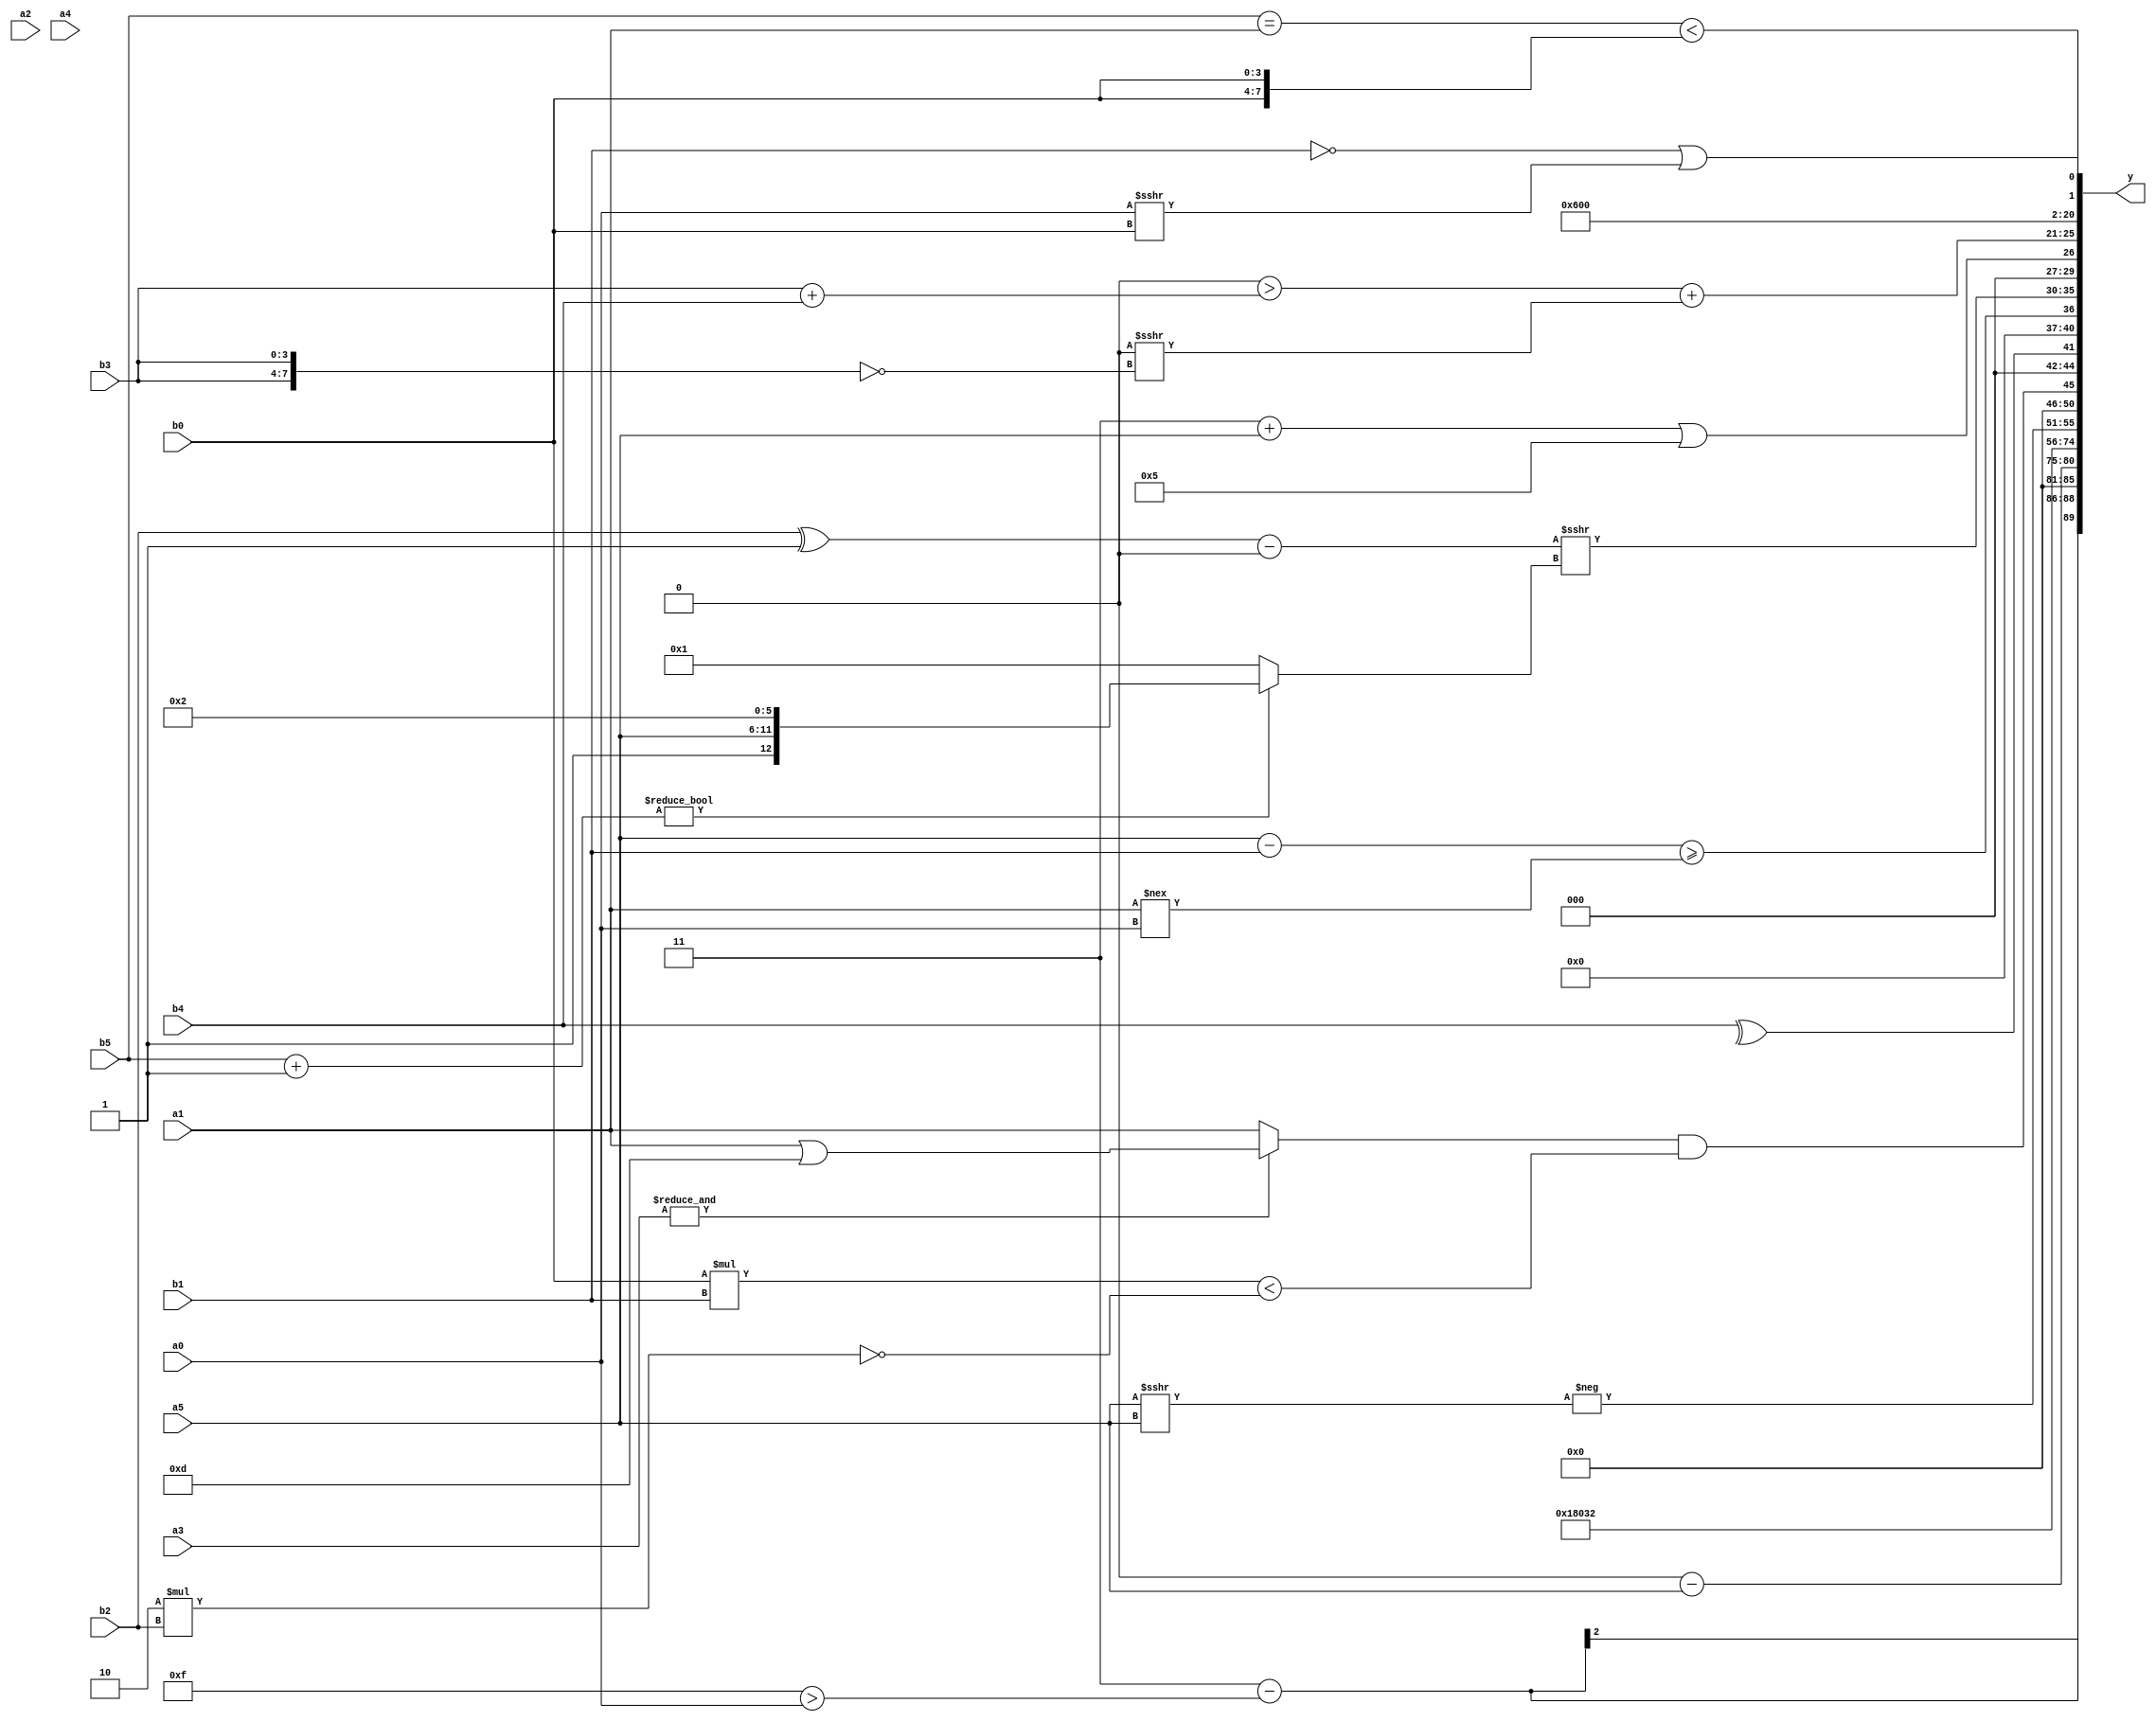
module expression_00058(a0, a1, a2, a3, a4, a5, b0, b1, b2, b3, b4, b5, y);
  input [3:0] a0;
  input [4:0] a1;
  input [5:0] a2;
  input signed [3:0] a3;
  input signed [4:0] a4;
  input signed [5:0] a5;

  input [3:0] b0;
  input [4:0] b1;
  input [5:0] b2;
  input signed [3:0] b3;
  input signed [4:0] b4;
  input signed [5:0] b5;

  wire [3:0] y0;
  wire [4:0] y1;
  wire [5:0] y2;
  wire signed [3:0] y3;
  wire signed [4:0] y4;
  wire signed [5:0] y5;
  wire [3:0] y6;
  wire [4:0] y7;
  wire [5:0] y8;
  wire signed [3:0] y9;
  wire signed [4:0] y10;
  wire signed [5:0] y11;
  wire [3:0] y12;
  wire [4:0] y13;
  wire [5:0] y14;
  wire signed [3:0] y15;
  wire signed [4:0] y16;
  wire signed [5:0] y17;

  output [89:0] y;
  assign y = {y0,y1,y2,y3,y4,y5,y6,y7,y8,y9,y10,y11,y12,y13,y14,y15,y16,y17};

  localparam [3:0] p0 = (4'sd6);
  localparam [4:0] p1 = {1{{2{{({3{(-5'sd5)}}||(~|{(3'd0),(3'sd0),(-2'sd0)}))}}}}};
  localparam [5:0] p2 = (((-(-4'sd4))?((3'sd3)==(3'd5)):(3'd3))^~((3'sd2)?{(-3'sd3),(2'd1)}:((-5'sd14)?(4'd8):(3'd5))));
  localparam signed [3:0] p3 = (({3{(-5'sd2)}}?((3'd6)?(-4'sd0):(-2'sd0)):((4'd10)!==(3'sd2)))?{1{{2{((3'd3)^~(3'd3))}}}}:({2{(-3'sd3)}}?((3'd1)==(-4'sd6)):((4'd9)|(4'd13))));
  localparam signed [4:0] p4 = (((-5'sd13)<<<(4'sd7))!==(&(4'd12)));
  localparam signed [5:0] p5 = ((-((3'sd3)!=(2'd3)))?{2{(-4'sd1)}}:((5'sd9)?(5'sd15):(5'sd6)));
  localparam [3:0] p6 = {(2'sd0),(-3'sd2),(3'd3)};
  localparam [4:0] p7 = {2{{4{((4'sd1)?(-4'sd0):(4'sd4))}}}};
  localparam [5:0] p8 = ((2'd2)===(-3'sd1));
  localparam signed [3:0] p9 = (((2'sd1)%(4'd9))*((-4'sd2)?(4'sd3):(5'sd0)));
  localparam signed [4:0] p10 = (4'd13);
  localparam signed [5:0] p11 = ((~(4'sd0))>>>(-(2'd1)));
  localparam [3:0] p12 = (-2'sd0);
  localparam [4:0] p13 = (2'sd1);
  localparam [5:0] p14 = (4'd2);
  localparam signed [3:0] p15 = {2{{4{{(-2'sd1),(4'sd5)}}}}};
  localparam signed [4:0] p16 = {4{{4{(-3'sd1)}}}};
  localparam signed [5:0] p17 = (((5'd16)?(5'd8):(3'd5))?(!{2{(3'sd3)}}):{1{((5'sd13)&(2'd0))}});

  assign y0 = {4{((p9<<p17)-(p5>a0))}};
  assign y1 = (-3'sd0);
  assign y2 = ((p9?p1:p9)?(p4-a5):(p7-p0));
  assign y3 = ((2'd3)+((5'd15)<(2'd3)));
  assign y4 = $unsigned({4{({p7,p8}>(p1?p14:b1))}});
  assign y5 = ((^(&(~^p14)))?(p14?p3:p6):(p14?p9:p3));
  assign y6 = ({(~&(p0?a1:p14)),{(p1?a3:p17)}}?(5'd18):(-(|(^(3'sd3)))));
  assign y7 = (-(a5>>>a5));
  assign y8 = (((&a3)?(a1|p10):(+a1))&&((b0*b1)<(~(6'd2 * b2))));
  assign y9 = $unsigned($unsigned($unsigned((^b4))));
  assign y10 = ((a5-b1)>=(a1!==a0));
  assign y11 = (((b2^p13)-(p11&&p7))>>>((b5+p16)?{p13,a5,p14}:(~&p0)));
  assign y12 = ((p6+a5)||{1{(p15)}});
  assign y13 = (((6'd2 * p8)>(b3+b4))+((p9-p9)>>>(~{2{b3}})));
  assign y14 = (~|(5'd22));
  assign y15 = (p9|p17);
  assign y16 = ((3'd2)<=((4'sd4)%p13));
  assign y17 = {((b5==a1)<{b0,b0}),((~b1)||(a0>>>b0))};
endmodule